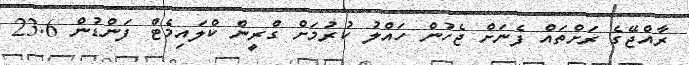
ރާއްޖޭގެ ރަށްތައް ފެނަށް ޖެހުން ހައްލު ކުރުމަށް ގްރީން ކްލައިމެޓް ފަންޑުން 23.6